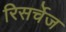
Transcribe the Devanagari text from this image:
रिसर्चेज